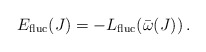
\begin{align*}E_{{\rm fluc}}(J) = - L_{{\rm fluc}}(\bar\omega(J)) \,.\end{align*}